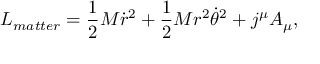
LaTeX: L _ { m a t t e r } = { \frac { 1 } { 2 } } M \dot { r } ^ { 2 } + { \frac { 1 } { 2 } } M r ^ { 2 } { \dot { \theta } } ^ { 2 } + j ^ { \mu } A _ { \mu } ,